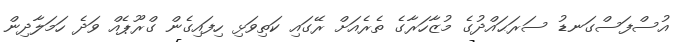
އުސްފަސްގަނޑު ސަރަޙައްދުގެ މުޒާހަރާގެ ތެރެއަށް ރޭގައި ކަތިވަޅި ހިފައިގެން ގްރޫޕެއް ވަދެ ހަމަލާދިން